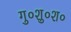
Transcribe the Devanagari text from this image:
गु०शु०श०